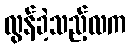
လွန်ခဲ့သည့်လက